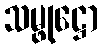
သမ္ဖုဋ္ဌော